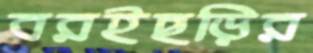
বরইছড়ির